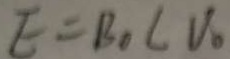
E = B _ { 0 } C V _ { 0 }